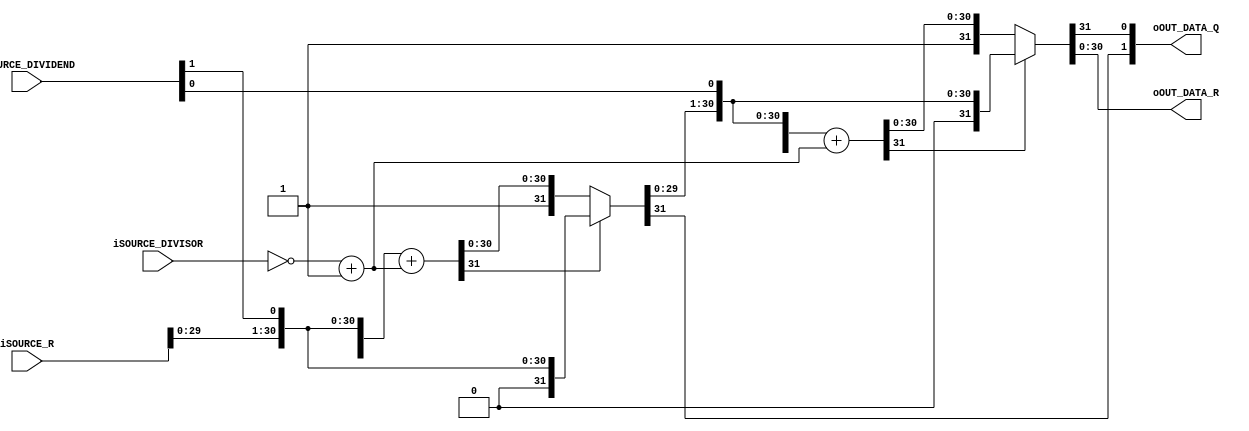
module radix2_linediv(
		//Input
		input wire [1:0] iSOURCE_DIVIDEND,
		input wire [31:0] iSOURCE_DIVISOR,
		input wire [30:0] iSOURCE_R,
		//Output
		output wire [1:0] oOUT_DATA_Q,
		output wire [30:0] oOUT_DATA_R
	);
			


	/****************************************
	Wire
	****************************************/
	wire q0, q1;
	wire [30:0] r0, r1;
	
	/****************************************
	Line Div Chain
	****************************************/
	assign {q0, r0} = func_radix2_linediv({iSOURCE_R, iSOURCE_DIVIDEND[1]}, iSOURCE_DIVISOR);
	assign {q1, r1} = func_radix2_linediv({r0, iSOURCE_DIVIDEND[0]}, iSOURCE_DIVISOR);
	
	
	/****************************************
	Function
	****************************************/
	//31		Q
	//30:0		R
	function [31:0] func_radix2_linediv;
		//Input
		input [31:0] func_dividend;
		input [31:0] func_divisor;
		//Valiable
		reg [31:0] func_sub;
		begin
			func_sub = func_dividend + (~func_divisor + 32'h00000001);
			if(func_sub[31])begin
				func_radix2_linediv = {1'b0, func_dividend[30:0]};
			end
			else begin
				func_radix2_linediv = {1'b1, func_sub[30:0]};
			end
		end
	endfunction
	
	/****************************************
	Output Assign
	****************************************/
	assign oOUT_DATA_Q = {q0, q1};
	assign oOUT_DATA_R = r1;
	
endmodule